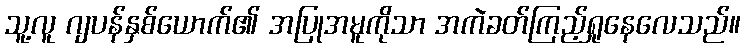
သူ့လူ ဂျပန်နှစ်ယောက်၏ အပြုအမူကိုသာ အကဲခတ်ကြည့်ရှုနေလေသည်။